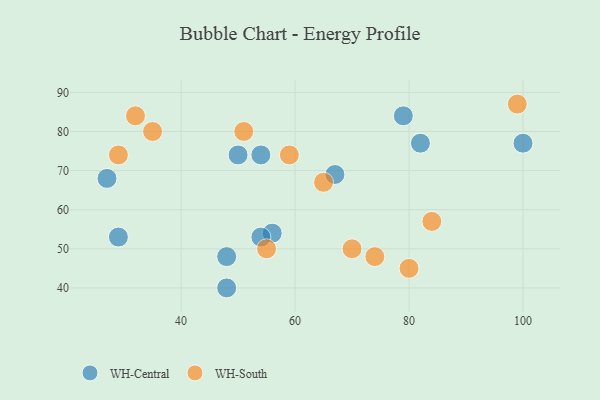
{"axis": {"x": "GDP", "y": "Life Expectancy"}, "legend": ["WH-Central", "WH-South"], "data": [{"x": "82", "y": 77, "type": "WH-Central"}, {"x": "67", "y": 69, "type": "WH-Central"}, {"x": "54", "y": 74, "type": "WH-Central"}, {"x": "50", "y": 74, "type": "WH-Central"}, {"x": "79", "y": 84, "type": "WH-Central"}, {"x": "27", "y": 68, "type": "WH-Central"}, {"x": "48", "y": 48, "type": "WH-Central"}, {"x": "100", "y": 77, "type": "WH-Central"}, {"x": "48", "y": 40, "type": "WH-Central"}, {"x": "29", "y": 53, "type": "WH-Central"}, {"x": "56", "y": 54, "type": "WH-Central"}, {"x": "54", "y": 53, "type": "WH-Central"}, {"x": "99", "y": 87, "type": "WH-South"}, {"x": "32", "y": 84, "type": "WH-South"}, {"x": "59", "y": 74, "type": "WH-South"}, {"x": "80", "y": 45, "type": "WH-South"}, {"x": "35", "y": 80, "type": "WH-South"}, {"x": "65", "y": 67, "type": "WH-South"}, {"x": "84", "y": 57, "type": "WH-South"}, {"x": "51", "y": 80, "type": "WH-South"}, {"x": "29", "y": 74, "type": "WH-South"}, {"x": "70", "y": 50, "type": "WH-South"}, {"x": "55", "y": 50, "type": "WH-South"}, {"x": "74", "y": 48, "type": "WH-South"}]}